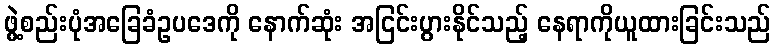
ဖွဲ့စည်းပုံအခြေခံဥပဒေကို နောက်ဆုံး အငြင်းပွားနိုင်သည့် နေရာကိုယူထားခြင်းသည်